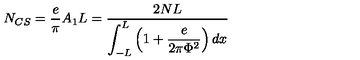
N _ { C S } = \frac { e } { \pi } A _ { 1 } L = \frac { 2 N L } { \displaystyle \int _ { - L } ^ { L } \left( \displaystyle 1 + \frac { e } { 2 \pi \Phi ^ { 2 } } \right) d x }